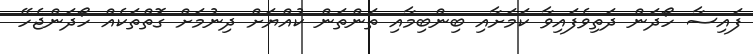
ފައިސާ ހޯދަން ދަތިވެފައިވާ ކަމަށާއި ބިންބިމާއި ތަންތަން ކުއްޔަށް ދިނުމަށް ގޮތްތަކެއް ހޯދަންޖެހޭ